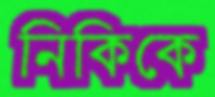
নিকিকে